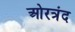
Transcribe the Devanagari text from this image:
ओरत्रंद